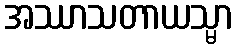
အဿာသတာယသ္မာ